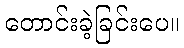
တောင်းခဲ့ခြင်းပေ။